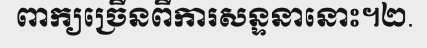
ពាក្យច្រើនពីការសន្ទនានោះ។២.